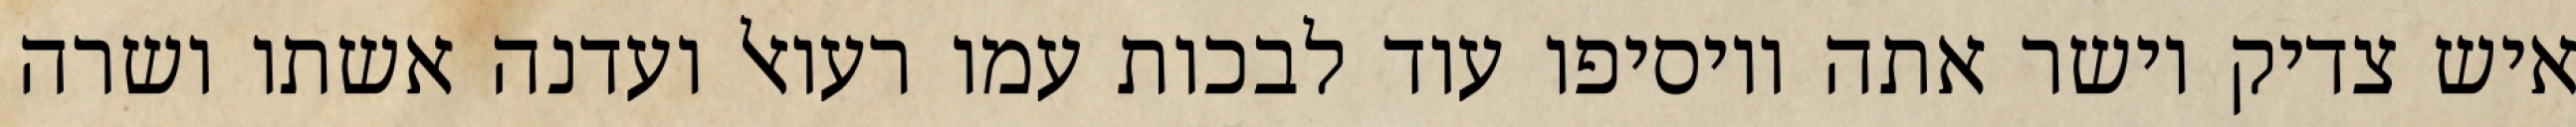
איש צדיק וישר אתה ויוסיפו עוד לבכות עמו רעואל ועדנה אשתו ושרה